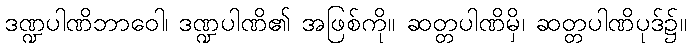
ဒဏ္ဍပါဏိဘာဝေါ၊ ဒဏ္ဍပါဏိ၏ အဖြစ်ကို။ ဆတ္တပါဏိမှိ၊ ဆတ္တပါဏိပုဒ်၌။